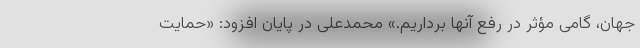
جهان، گامی مؤثر در رفع آنها برداریم.» محمدعلی در پایان افزود: «حمايت